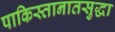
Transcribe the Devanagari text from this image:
पाकिस्तानातसुद्धा